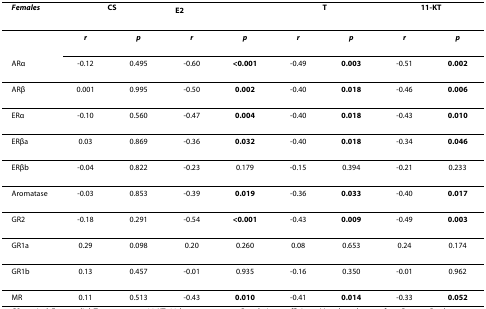
<table><thead><tr><td><b><i>Females</i></b></td><td colspan="2"><b>CS</b></td><td colspan="2"><b>E<sub>2</sub></b></td><td colspan="2"><b>T</b></td><td colspan="2"><b>11-KT</b></td></tr></thead><tbody><tr><td></td><td><b><i>r</i></b></td><td><b><i>p</i></b></td><td><b><i>r</i></b></td><td><b><i>p</i></b></td><td><b><i>r</i></b></td><td><b><i>p</i></b></td><td><b><i>r</i></b></td><td><b><i>p</i></b></td></tr><tr><td>ARα</td><td>-0.12</td><td>0.495</td><td>-0.60</td><td><b>&lt;0.001</b></td><td>-0.49</td><td><b>0.003</b></td><td>-0.51</td><td><b>0.002</b></td></tr><tr><td>ARβ</td><td>0.001</td><td>0.995</td><td>-0.50</td><td><b>0.002</b></td><td>-0.40</td><td><b>0.018</b></td><td>-0.46</td><td><b>0.006</b></td></tr><tr><td>ERα</td><td>-0.10</td><td>0.560</td><td>-0.47</td><td><b>0.004</b></td><td>-0.40</td><td><b>0.018</b></td><td>-0.43</td><td><b>0.010</b></td></tr><tr><td>ERβa</td><td>0.03</td><td>0.869</td><td>-0.36</td><td><b>0.032</b></td><td>-0.40</td><td><b>0.018</b></td><td>-0.34</td><td><b>0.046</b></td></tr><tr><td>ERβb</td><td>-0.04</td><td>0.822</td><td>-0.23</td><td>0.179</td><td>-0.15</td><td>0.394</td><td>-0.21</td><td>0.233</td></tr><tr><td>Aromatase</td><td>-0.03</td><td>0.853</td><td>-0.39</td><td><b>0.019</b></td><td>-0.36</td><td><b>0.033</b></td><td>-0.40</td><td><b>0.017</b></td></tr><tr><td>GR2</td><td>-0.18</td><td>0.291</td><td>-0.54</td><td><b>&lt;0.001</b></td><td>-0.43</td><td><b>0.009</b></td><td>-0.49</td><td><b>0.003</b></td></tr><tr><td>GR1a</td><td>0.29</td><td>0.098</td><td>0.20</td><td>0.260</td><td>0.08</td><td>0.653</td><td>0.24</td><td>0.174</td></tr><tr><td>GR1b</td><td>0.13</td><td>0.457</td><td>-0.01</td><td>0.935</td><td>-0.16</td><td>0.350</td><td>-0.01</td><td>0.962</td></tr><tr><td>MR</td><td>0.11</td><td>0.513</td><td>-0.43</td><td><b>0.010</b></td><td>-0.41</td><td><b>0.014</b></td><td>-0.33</td><td><b>0.052</b></td></tr></tbody></table>